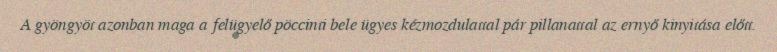
A gyöngyöt azonban maga a felügyelő pöccinti bele ügyes kézmozdulattal pár pillanattal az ernyő kinyitása előtt.